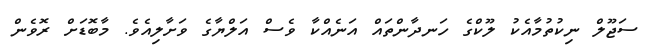
ސަޖޫލް ނިކުތުމާއެކު ލޫކްގެ ހަނދާންތައް އަނެއްކާ ވެސް އަލްޔާގެ ވަށާލިއެވެ. މާބޮޑަށް ރޮވެން